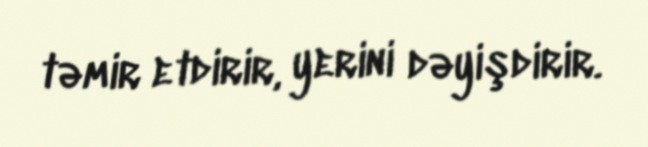
təmir etdirir, yerini dəyişdirir.